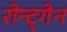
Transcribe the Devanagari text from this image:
रोन्ट्गेेन